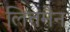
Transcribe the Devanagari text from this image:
लित्तमैन